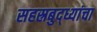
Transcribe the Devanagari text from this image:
सहस्रबुद्ध्यांचा